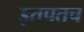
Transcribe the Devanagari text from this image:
इतपतच